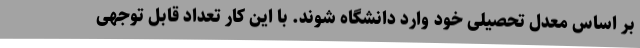
بر اساس معدل تحصیلی خود وارد دانشگاه شوند. با این کار تعداد قابل توجهی